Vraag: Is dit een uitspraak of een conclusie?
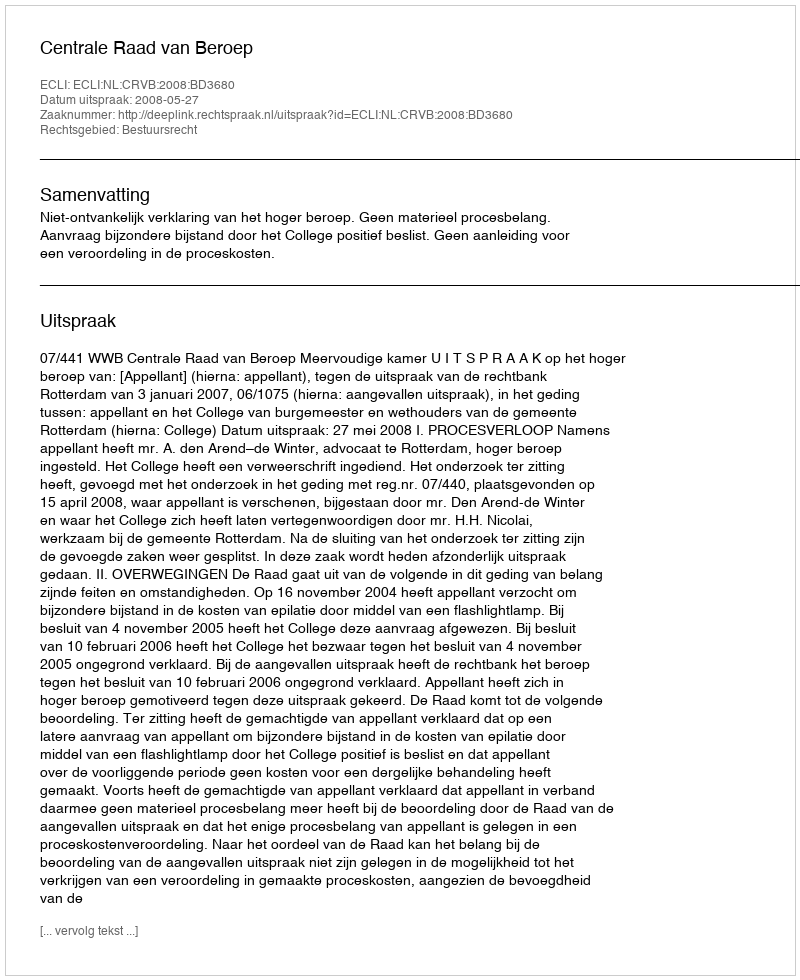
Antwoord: Uitspraak